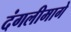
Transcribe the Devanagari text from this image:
दंगलीमागे